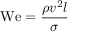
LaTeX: \mathrm { W e } = { \frac { \rho v ^ { 2 } l } { \sigma } }